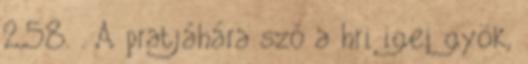
2,58. . A pratjáhára szó a hri igei gyök,